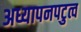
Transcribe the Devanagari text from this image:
अध्यापनपटुत्व